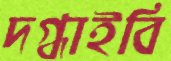
দগ্ধাইবি